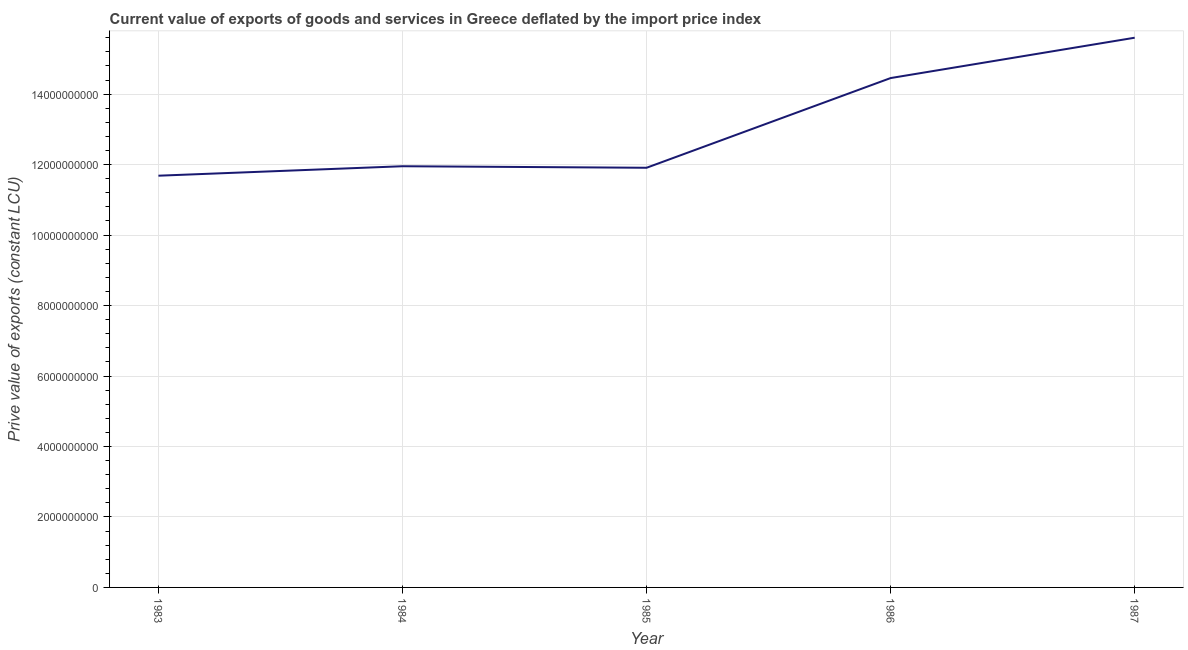
| Year | Exports as a capacity to import (constant LCU) |
 | --- | --- |
 | 1983 | 1.17e+10 |
 | 1984 | 1.2e+10 |
 | 1985 | 1.19e+10 |
 | 1986 | 1.45e+10 |
 | 1987 | 1.56e+10 |